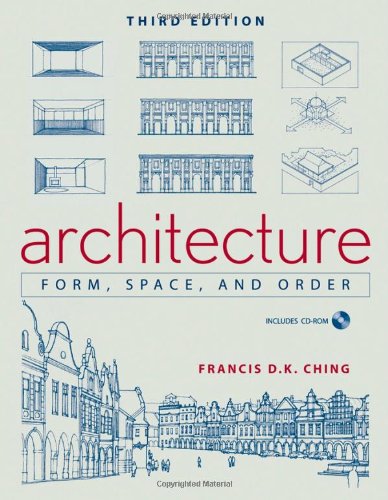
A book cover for Architecture: Form, Space, and Order; Francis D. K. Ching; Arts & Photography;